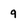
Character: q